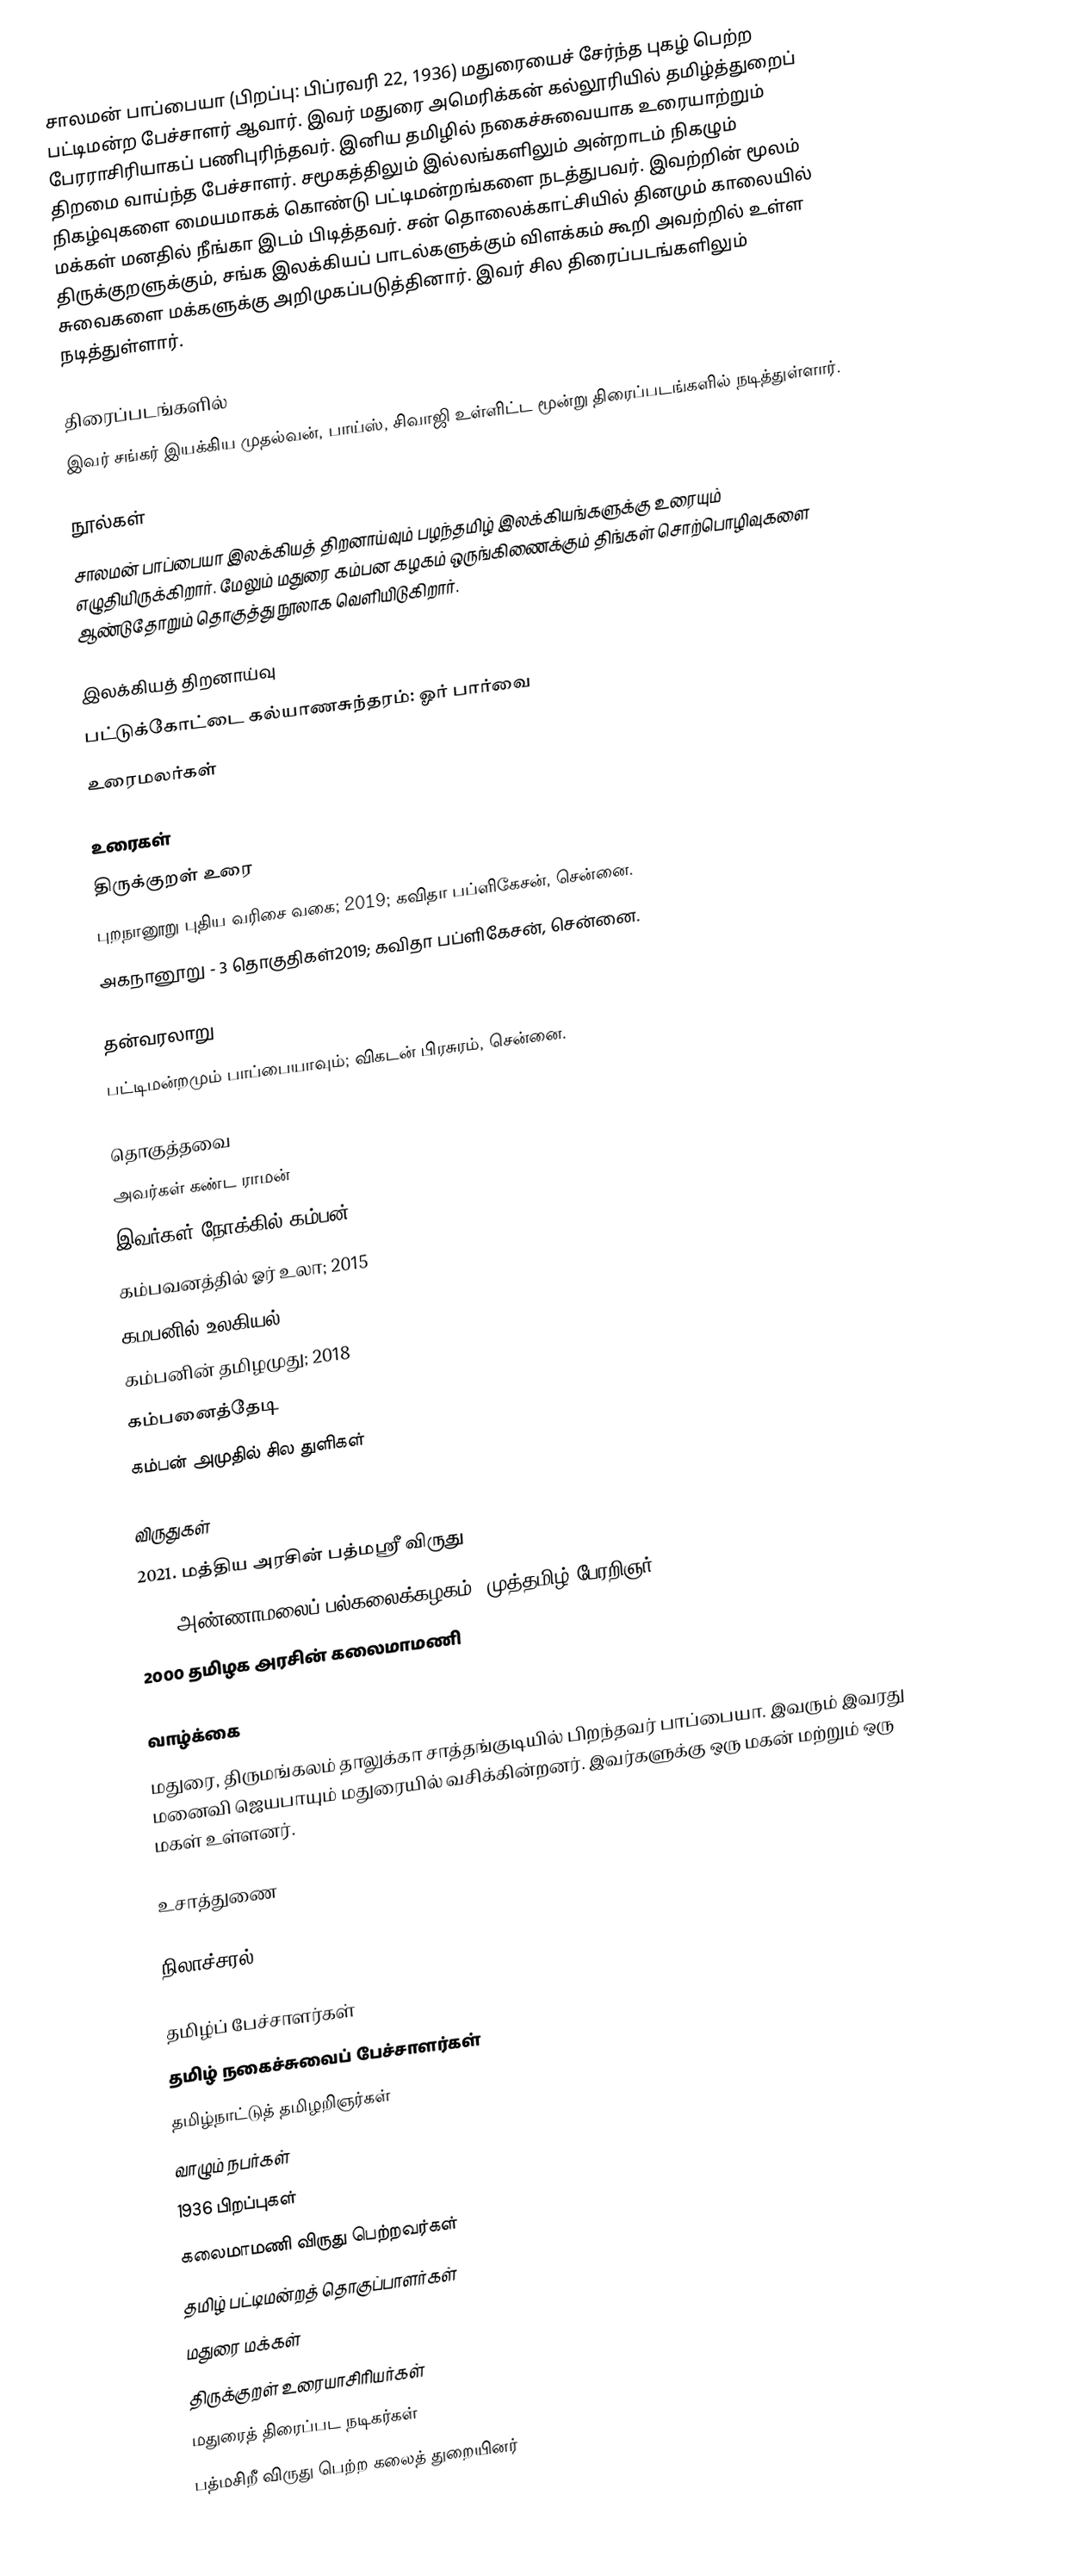
சாலமன் பாப்பையா (பிறப்பு: பிப்ரவரி 22, 1936) மதுரையைச் சேர்ந்த புகழ் பெற்ற பட்டிமன்ற பேச்சாளர் ஆவார். இவர் மதுரை அமெரிக்கன் கல்லூரியில் தமிழ்த்துறைப் பேரராசிரியாகப் பணிபுரிந்தவர். இனிய தமிழில் நகைச்சுவையாக உரையாற்றும் திறமை வாய்ந்த பேச்சாளர். சமூகத்திலும் இல்லங்களிலும் அன்றாடம் நிகழும் நிகழ்வுகளை மையமாகக் கொண்டு பட்டிமன்றங்களை நடத்துபவர். இவற்றின் மூலம் மக்கள் மனதில் நீங்கா இடம் பிடித்தவர். சன் தொலைக்காட்சியில் தினமும் காலையில் திருக்குறளுக்கும், சங்க இலக்கியப் பாடல்களுக்கும் விளக்கம் கூறி அவற்றில் உள்ள சுவைகளை மக்களுக்கு அறிமுகப்படுத்தினார். இவர் சில திரைப்படங்களிலும் நடித்துள்ளார்.

திரைப்படங்களில்
இவர் சங்கர் இயக்கிய முதல்வன்,  பாய்ஸ், சிவாஜி உள்ளிட்ட மூன்று திரைப்படங்களில் நடித்துள்ளார்.

நூல்கள்
சாலமன் பாப்பையா இலக்கியத் திறனாய்வும் பழந்தமிழ் இலக்கியங்களுக்கு உரையும் எழுதியிருக்கிறார்.  மேலும் மதுரை கம்பன கழகம் ஒருங்கிணைக்கும் திங்கள் சொற்பொழிவுகளை ஆண்டுதோறும் தொகுத்து நூலாக வெளியிடுகிறார்.

இலக்கியத் திறனாய்வு
 பட்டுக்கோட்டை கல்யாணசுந்தரம்: ஓர் பார்வை
 உரைமலர்கள்

உரைகள்
 திருக்குறள் உரை
 புறநானூறு புதிய வரிசை வகை; 2019; கவிதா பப்ளிகேசன், சென்னை.
 அகநானூறு - 3 தொகுதிகள்2019; கவிதா பப்ளிகேசன், சென்னை.

தன்வரலாறு
 பட்டிமன்றமும் பாப்பையாவும்; விகடன் பிரசுரம், சென்னை.

தொகுத்தவை
 அவர்கள் கண்ட ராமன்
 இவர்கள் நோக்கில் கம்பன்
 கம்பவனத்தில் ஓர் உலா; 2015
 கமபனில் உலகியல்
 கம்பனின் தமிழமுது; 2018
 கம்பனைத்தேடி
 கம்பன் அமுதில் சில துளிகள்

விருதுகள்
 2021. மத்திய அரசின் பத்மஸ்ரீ விருது
 2010 அண்ணாமலைப் பல்கலைக்கழகம், முத்தமிழ் பேரறிஞர்
 2000 தமிழக அரசின் கலைமாமணி

வாழ்க்கை
மதுரை, திருமங்கலம் தாலுக்கா சாத்தங்குடியில் பிறந்தவர் பாப்பையா. இவரும் இவரது மனைவி ஜெயபாயும் மதுரையில் வசிக்கின்றனர். இவர்களுக்கு ஒரு மகன் மற்றும் ஒரு மகள் உள்ளனர்.

உசாத்துணை

நிலாச்சரல்

தமிழ்ப் பேச்சாளர்கள்
தமிழ் நகைச்சுவைப் பேச்சாளர்கள்
தமிழ்நாட்டுத் தமிழறிஞர்கள்
வாழும் நபர்கள்
1936 பிறப்புகள்
கலைமாமணி விருது பெற்றவர்கள்
தமிழ் பட்டிமன்றத் தொகுப்பாளர்கள்
மதுரை மக்கள்
திருக்குறள் உரையாசிரியர்கள்
மதுரைத் திரைப்பட நடிகர்கள்
பத்மசிறீ விருது பெற்ற கலைத் துறையினர்